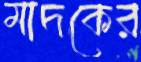
মাদকের